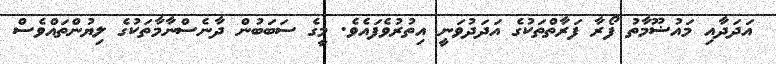
އަދަދާއި މައުޟޫމާތު ފޯރާ ފަރާތްތަކުގެ އަދަދުވަނީ އިތުރުވެފައެވެ. މީގެ ސަބަބުން ދާނެސްނާމާތަކުގެ ލިޔުންތައްވެސް